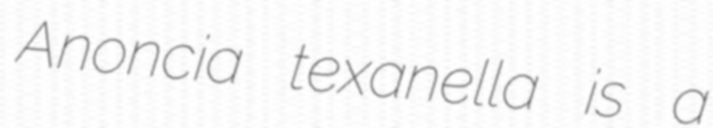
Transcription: Anoncia texanella is a